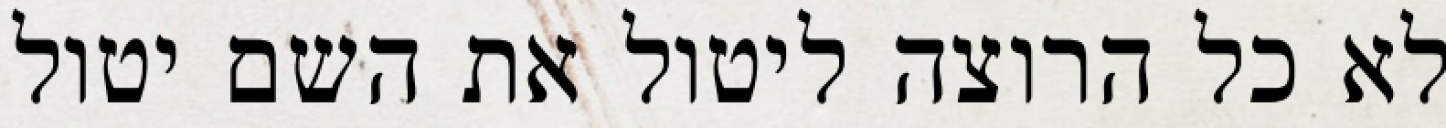
לא כל הרוצה ליטול את השם יטול